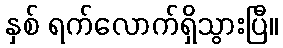
နှစ် ရက်လောက်ရှိသွားပြီ။